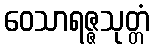
ဝေသာရဇ္ဇသုတ္တံ